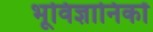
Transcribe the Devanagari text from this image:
भूविज्ञानिकों